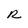
Character: R